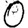
Digit: 0